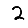
Digit: 2